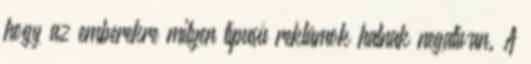
hogy az emberekre milyen típusú reklámok hatnak negatívan. A